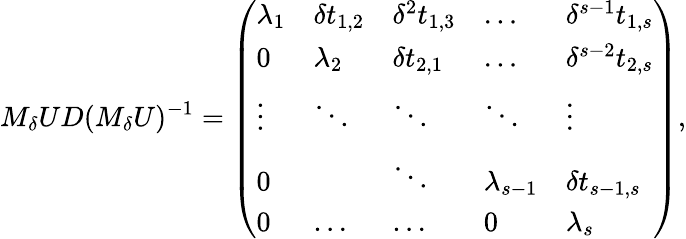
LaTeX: M_{\delta}UD(M_{\delta}U)^{-1}=\left(\begin{array}{lllll}{\lambda_{1}}&{\delta t_{1,2}}&{\delta^{2}t_{1,3}}&{\dots}&{\delta^{s-1}t_{1,s}}\\ {0}&{\lambda_{2}}&{\delta t_{2,1}}&{\dots}&{\delta^{s-2}t_{2,s}}\\ {\vdots}&{\ddots}&{\ddots}&{\ddots}&{\vdots}\\ {0}&&{\ddots}&{\lambda_{s-1}}&{\delta t_{s-1,s}}\\ {0}&{\dots}&{\dots}&{0}&{\lambda_{s}}\end{array}\right),